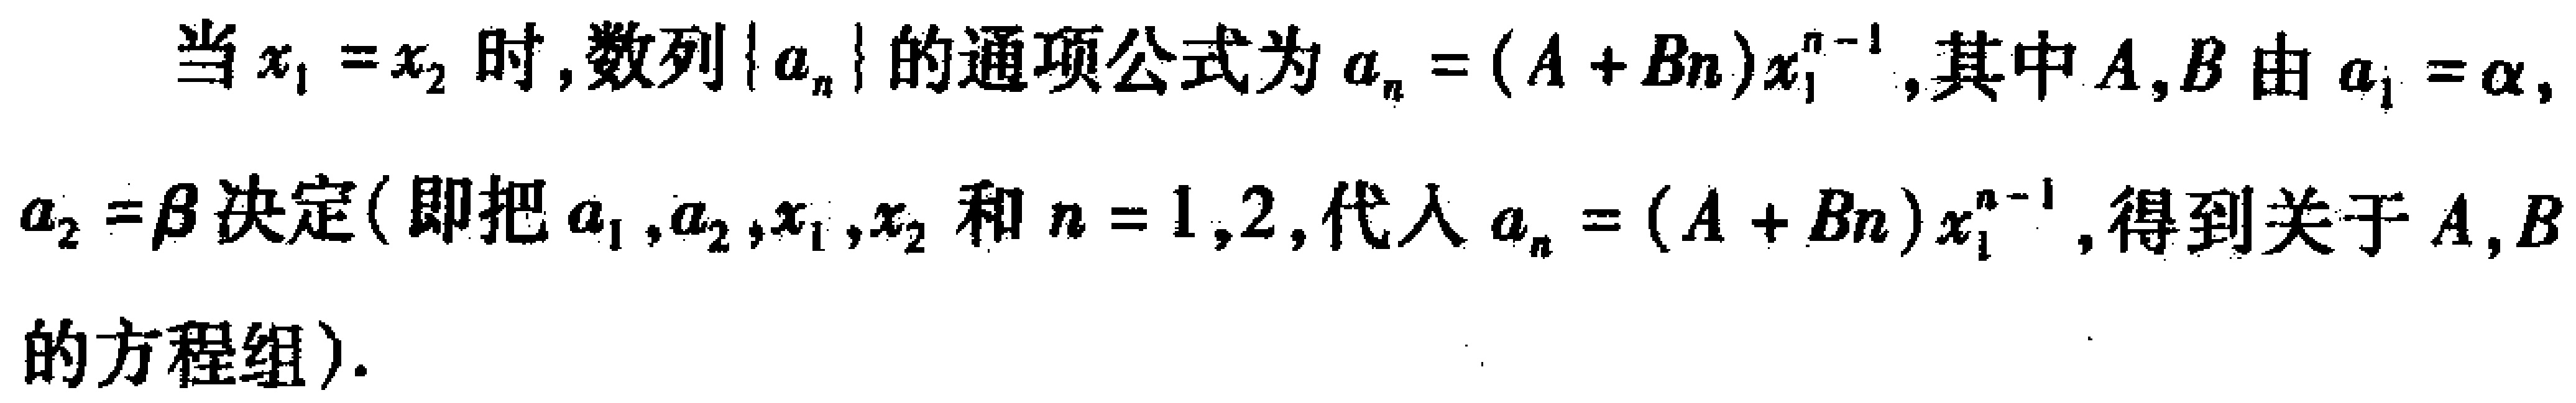
当\(x_{1} = x_{2}\)时,数列\(\{ a_{n}\}\)的通项公式为\(a_{n} = (A + Bn)x_{1}^{n - 1}\),其中\(A,B\)由\(a_{1}=\alpha\), \(a_{2}=\beta\)决定(即把\(a_{1},a_{2},x_{1},x_{2}\)和\(n = 1,2\),代入\(a_{n} = (A + Bn)x_{1}^{n - 1}\),得到关于\(A,B\)的方程组).